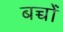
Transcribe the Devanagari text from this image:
बच्चोंं